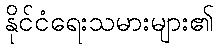
နိုင်ငံရေးသမားများ၏